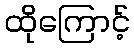
ထိုကြောင့်